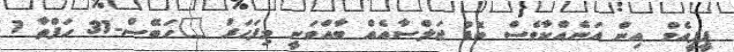
ޕީޕީއެމް އިން އަނެއްކާވެސް ބޮޑު ޖަލްސާއެއް ބާއްވަނީ މިފަހަރު "ހަބޭސް-31 ހަފްތާ 1